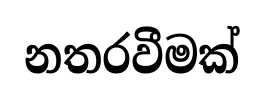
නතරවීමක්